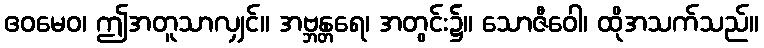
ဧဝမေဝ၊ ဤအတူသာလျှင်။ အဗ္ဘန္တရေ၊ အတွင်း၌။ သောဇီဝေါ၊ ထိုအသက်သည်။